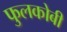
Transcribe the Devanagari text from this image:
फुलकोबी